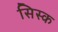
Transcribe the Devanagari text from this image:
सिस्क